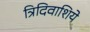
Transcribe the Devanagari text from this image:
त्रिदिवाशिये